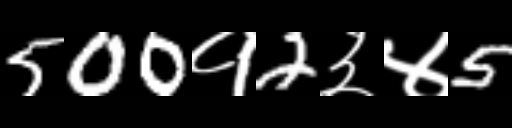
Text: 500१2३४5